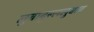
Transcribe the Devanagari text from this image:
लुबाबुल्ललुबाब